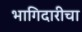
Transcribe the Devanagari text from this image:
भागिदारीचा